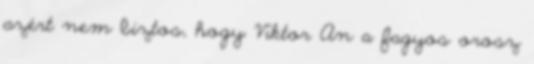
azért nem biztos, hogy Viktor An a fagyos orosz